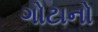
ગોટાનો